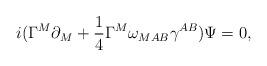
LaTeX: \begin{align*}i(\Gamma^M\partial_M+{1\over 4}\Gamma^M\omega_{MAB}\gamma^{AB})\Psi=0,\end{align*}